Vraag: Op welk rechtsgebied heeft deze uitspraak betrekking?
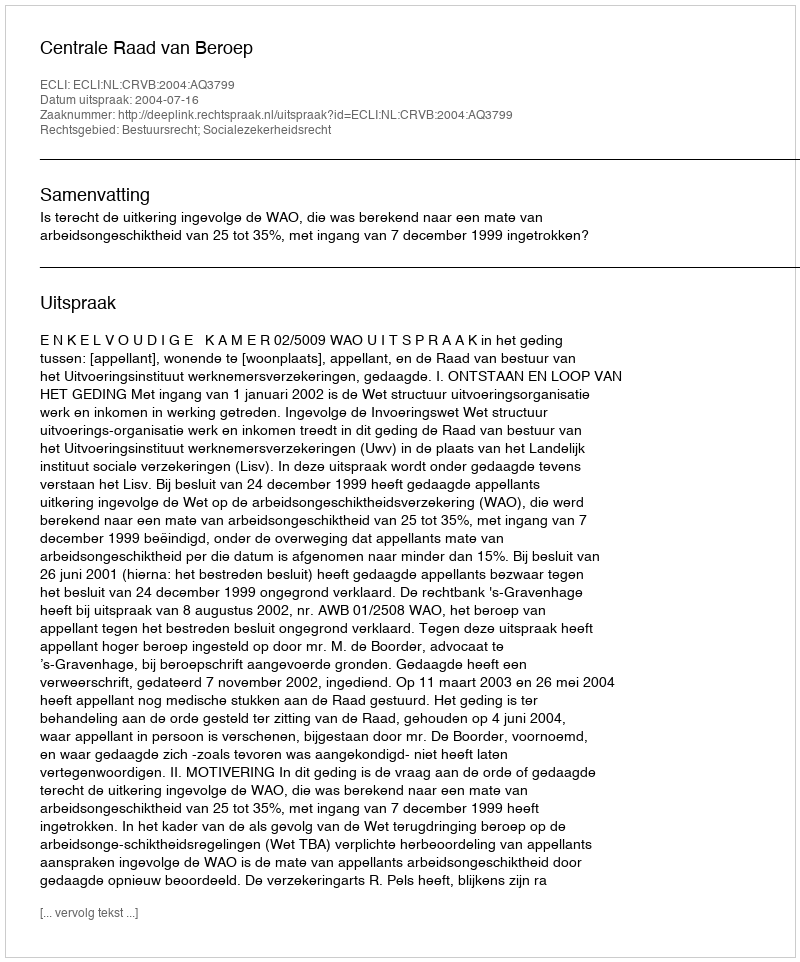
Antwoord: Bestuursrecht; Socialezekerheidsrecht